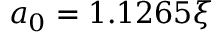
a _ { 0 } = 1 . 1 2 6 5 \xi